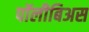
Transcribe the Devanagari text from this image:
पॉलीबिअस